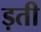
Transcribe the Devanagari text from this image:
ड़ती